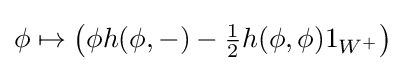
\phi \mapsto \left(\phi h(\phi ,-)-{\tfrac {1}{2}}h(\phi ,\phi )1_{W^{+}}\right)